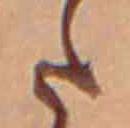
た